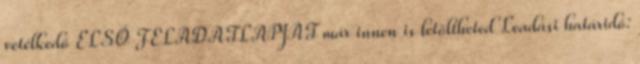
vetélkedő ELSŐ FELADATLAPJÁT már innen is letöltheted Leadási határidő: